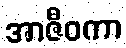
အာဇီဝကာ